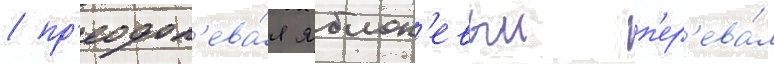
/ пр'еодол'ева́я яблон'евыи п'ер'ева́л